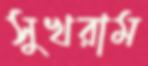
সুখরাম